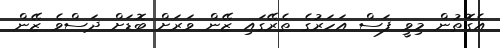
އެގޮތުން މިވީ ފަސް އަހަރުގެ ތެރޭގައި ޒޭން ވަރަށް ބޮޑަށް ދަސްވެ ޒޭން